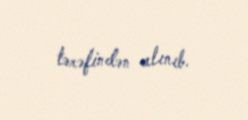
tərəfindən alınıb.